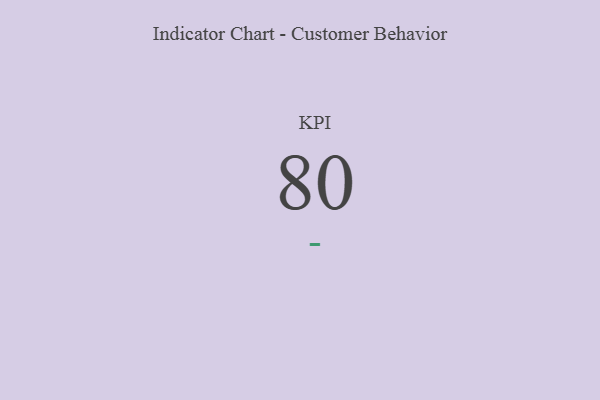
{"axis": {"x": "KPI", "y": "Value"}, "legend": [""], "data": [{"x": "KPI", "y": 80, "type": ""}]}